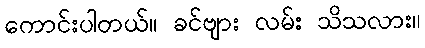
ကောင်းပါတယ်။ ခင်ဗျား လမ်း သိသလား။